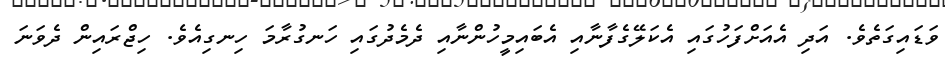
ވަޑައިގަތެވެ. އަދި އެއަށްފަހުގައި އެކަލޭގެފާނާއި އެބައިމީހުންނާއި ދެމެދުގައި ހަނގުރާމަ ހިނގިއެވެ. ހިޖްރައިން ދެވަނަ